Vaccination United Provinces of Agra and Oudh 1914-1922 - 1914-1922
Year: 1914
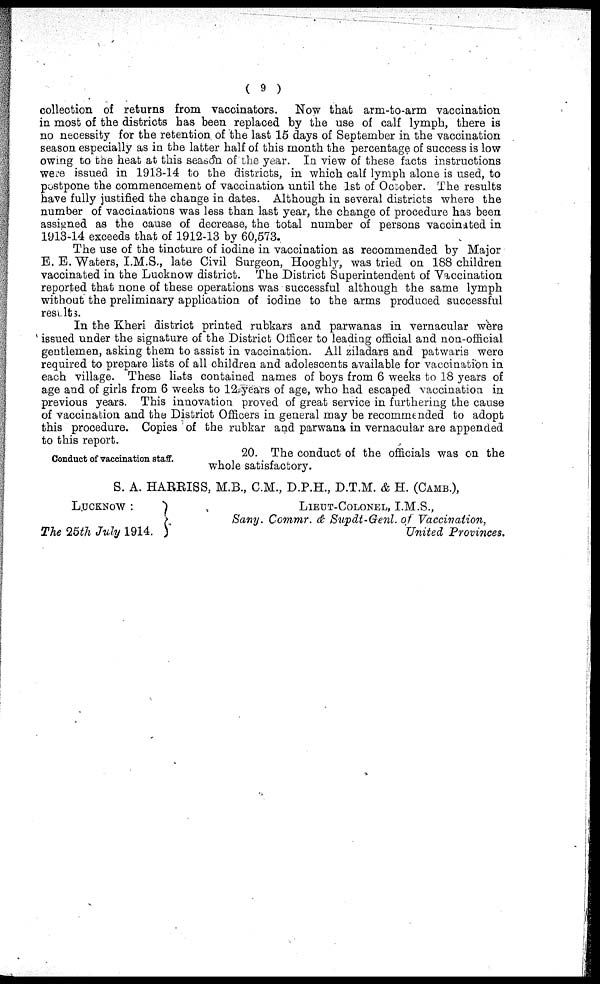
( 9 )
collection of returns from vaccinators. Now that arm-to-arm vaccination
in most of the districts has been replaced by the use of calf lymph, there is
no necessity for the retention of the last 15 days of September in the vaccination
season especially as in the latter half of this month the percentage of success is low
owing to the heat at this season of the year. In view of these facts instructions
were issued in 1913-14 to the districts, in which calf lymph alone is used, to
postpone the commencement of vaccination until the 1st of October. The results
have fully justified the change in dates. Although in several districts where the
number of vaccinations was less than last year, the change of procedure has been
assigned as the cause of decrease, the total number of persons vaccinated in
1913-14 exceeds that of 1912-13 by 60,573.
The use of the tincture of iodine in vaccination as recommended by Major
E. E. Waters, I.M.S., late Civil Surgeon, Hooghly, was tried on 188 children
vaccinated in the Lucknow district. The District Superintendent of Vaccination
reported that none of these operations was successful although the same lymph
without the preliminary application of iodine to the arms produced successful
results.
In the Kheri district printed rubkars and parwanas in vernacular were
issued under the signature of the District Officer to leading official and non-official
gentlemen, asking them to assist in vaccination. All ziladars and patwaris were
required to prepare lists of all children and adolescents available for vaccination in
each village. These lists contained names of boys from 6 weeks to 18 years of
age and of girls from 6 weeks to 12 years of age, who had escaped vaccination in
previous years. This innovation proved of great service in furthering the cause
of vaccination and the District Officers in general may be recommended to adopt
this procedure. Copies of the rubkar and parwana in vernacular are appended
to this report.
Conduct of vaccination staff.
20. The conduct of the officials was on the
whole satisfactory.
S. A. HARRISS, M.B., C.M., D.P.H., D.T.M. & H. (CAMB.),
LUCKNOW :
The 25th July 1914.
LIEUT-COLONEL, I.M.S.,
Sany. Commr. & Supdt-Genl. of Vaccination,
United Provinces.